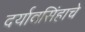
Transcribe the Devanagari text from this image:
दर्यावसिंहाचे